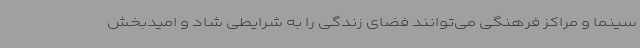
سینما و مراکز فرهنگی می‌توانند فضای زندگی را به شرایطی شاد و امیدبخش